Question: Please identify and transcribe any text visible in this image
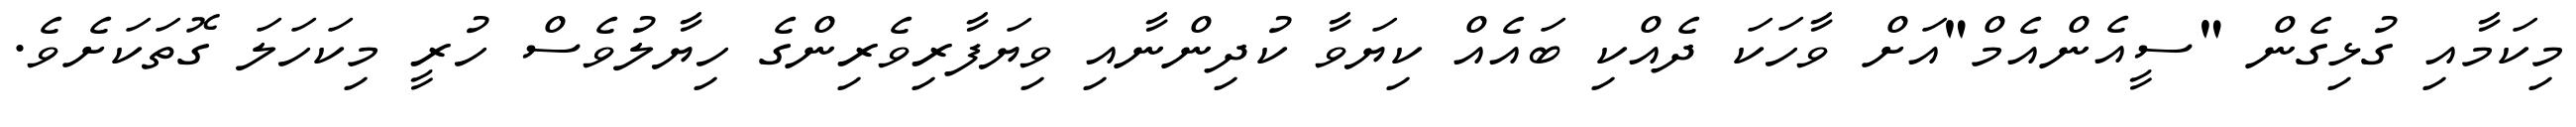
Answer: މިކަމާއި ގުޅިގެން "ސީއެންއެމް"އަށް ވާހަކަ ދެއްކި ބައެއް ކިޔަވާ ކުދިންނާއި ވިޔަފާރިވެރިންގެ ހިޔާލުވެސް ހުރީ މިކަހަލަ ގޮތަކަށެވެ.